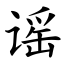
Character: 谣